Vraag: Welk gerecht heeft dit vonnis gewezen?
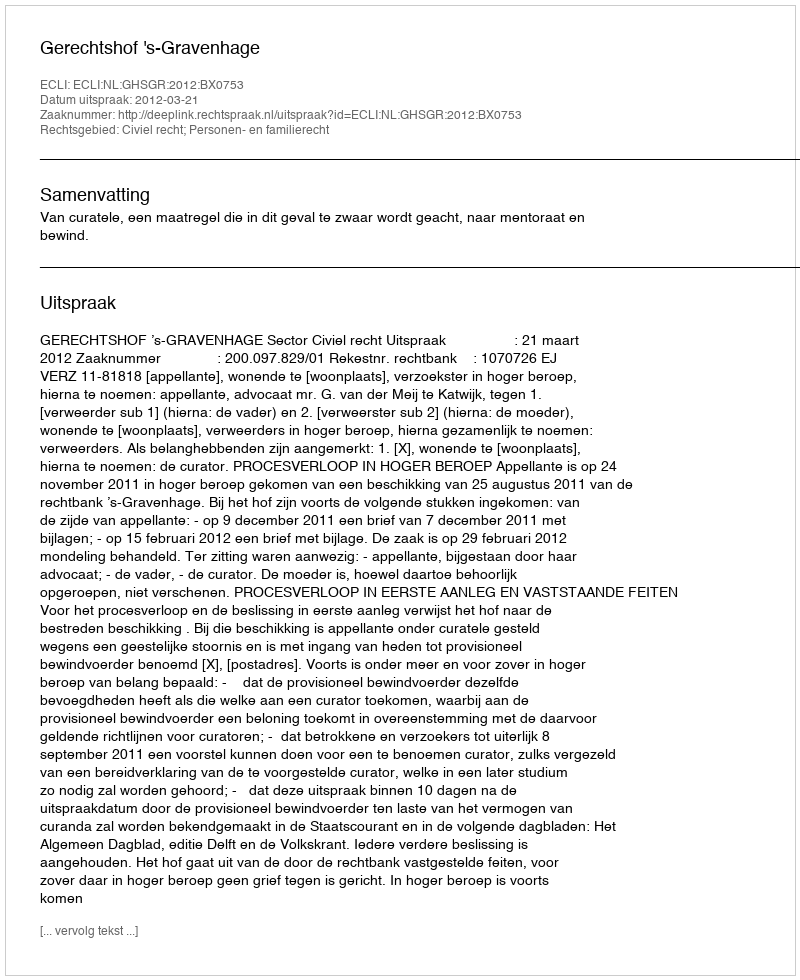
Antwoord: Gerechtshof 's-Gravenhage